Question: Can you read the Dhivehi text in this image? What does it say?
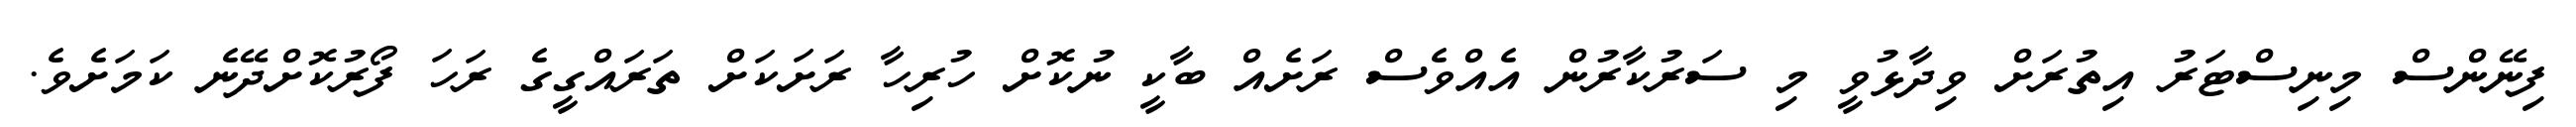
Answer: ފިނޭންސް މިނިސްޓަރު އިތުރަށް ވިދާޅުވީ މި ސަރުކާރުން އެއްވެސް ރަށެއް ބާކީ ނުކޮށް ހުރިހާ ރަށަކަށް ތަރައްގީގެ ރަހަ ފޯރުކޮށްދޭނެ ކަމަށެވެ.